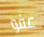
عفو